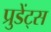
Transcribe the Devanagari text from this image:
प्रुडेंट्स